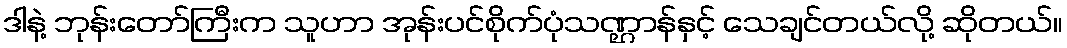
ဒါနဲ့ ဘုန်းတော်ကြီးက သူဟာ အုန်းပင်စိုက်ပုံသဏ္ဌာန်နှင့် သေချင်တယ်လို့ ဆိုတယ်။